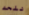
للحد